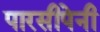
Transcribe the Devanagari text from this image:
पारसीपेनी